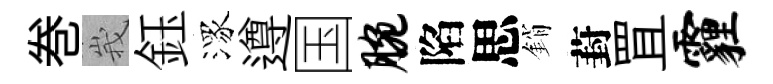
巻峩鈺潈遵国腕陷思銷葑罝霾